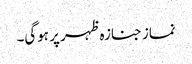
نماز جنازہ ظہر پر ہوگی۔